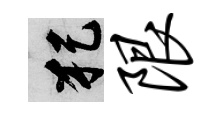
犯限